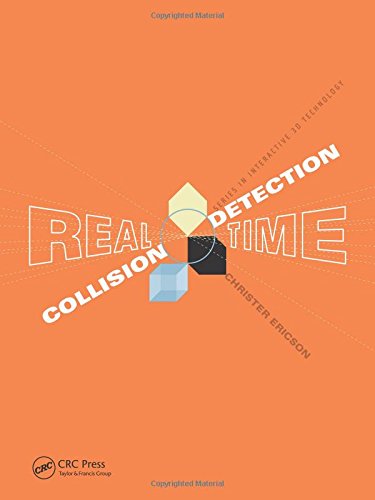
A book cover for Real-Time Collision Detection (The Morgan Kaufmann Series in Interactive 3-D Technology); Christer Ericson; Arts & Photography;